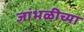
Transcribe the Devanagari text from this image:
जांभळीच्या